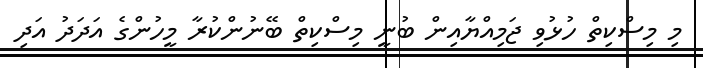
މި މިސްކިތް ހުޅުވި ޖަމިއްޔާއިން ބުނީ މިސްކިތް ބޭނުންކުރާ މީހުންގެ އަދަދު އަދި